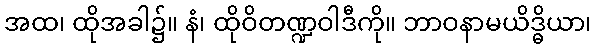
အထ၊ ထိုအခါ၌။ နံ၊ ထိုဝိတဏ္ဍဝါဒီကို။ ဘာဝနာမယိဒ္ဓိယာ၊